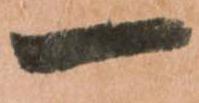
一